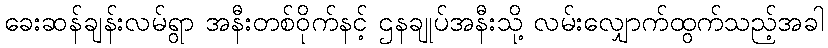
ခေးဆန်ချန်းလမ်ရွာ အနီးတစ်ဝိုက်နင့် ဌနချုပ်အနီးသို့ လမ်းလျှောက်ထွက်သည့်အခါ